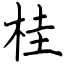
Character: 桂